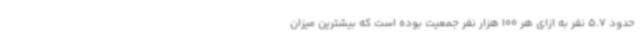
حدود 5.7 نفر به ازای هر 100 هزار نفر جمعیت بوده است که بیشترین میزان